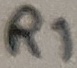
Text: R1